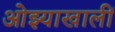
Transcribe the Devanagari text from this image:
ओझ्याखालीं